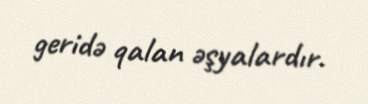
geridə qalan əşyalardır.